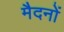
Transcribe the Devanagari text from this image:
मैदनों